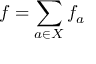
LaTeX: f = \sum _ { a \in X } f _ { a }